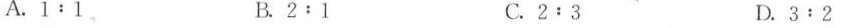
A.1﹔1 B.2﹔1 C.2﹔3 D.3﹔2